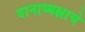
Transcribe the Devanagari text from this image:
दानाध्यक्षाचे